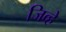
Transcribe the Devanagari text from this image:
जिव्हे